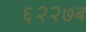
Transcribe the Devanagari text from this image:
६२२७ब